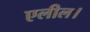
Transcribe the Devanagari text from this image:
एलील।